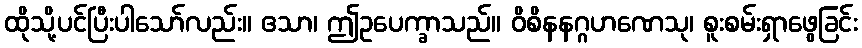
ထိုသို့ပင်ပြီးပါသော်လည်း။ ဧသာ၊ ဤဥပေက္ခာသည်။ ဝိစိနနဂ္ဂဟဏေသု၊ စူးစမ်းရှာဖွေခြင်း